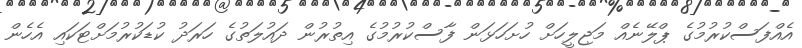
އެއްފަސްކުރުމުގެ ޕްލޭނެއް މަޖިލީހަށް ހުށަހަޅަން ފާސްކުރުމުގެ އިތުރުން ދައުލަތުގެ ހަރަދު ކުޑަކުރުމަށްޓަކައި އެހެން